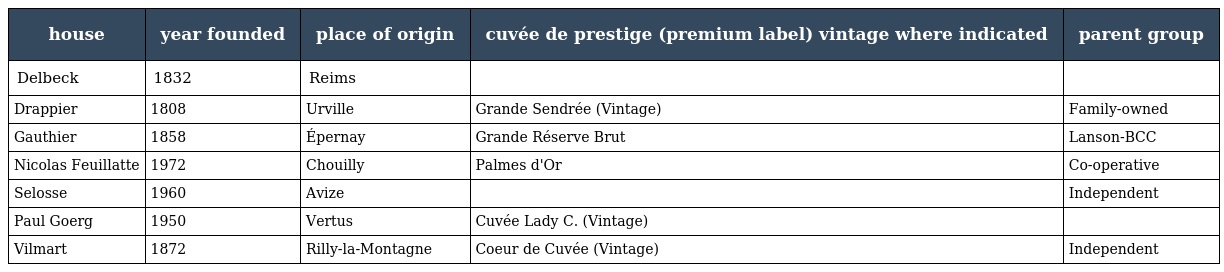
| house | year founded | place of origin | cuvée de prestige (premium label) vintage where indicated | parent group |
 | --- | --- | --- | --- | --- |
 | Delbeck | 1832 | Reims |  |  |
 | Drappier | 1808 | Urville | Grande Sendrée (Vintage) | Family-owned |
 | Gauthier | 1858 | Épernay | Grande Réserve Brut | Lanson-BCC |
 | Nicolas Feuillatte | 1972 | Chouilly | Palmes d'Or | Co-operative |
 | Selosse | 1960 | Avize |  | Independent |
 | Paul Goerg | 1950 | Vertus | Cuvée Lady C. (Vintage) |  |
 | Vilmart | 1872 | Rilly-la-Montagne | Coeur de Cuvée (Vintage) | Independent |